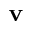
{ \bf v }